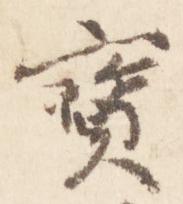
宝